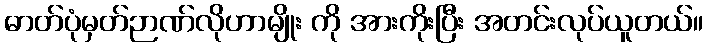
ဓာတ်ပုံမှတ်ဉာဏ်လိုဟာမျိုး ကို အားကိုးပြီး အတင်းလုပ်ယူတယ်။